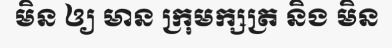
មិន ឲ្យ មាន ក្រុមក្សត្រ និង មិន